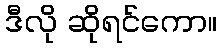
ဒီလို ဆိုရင်ကော။